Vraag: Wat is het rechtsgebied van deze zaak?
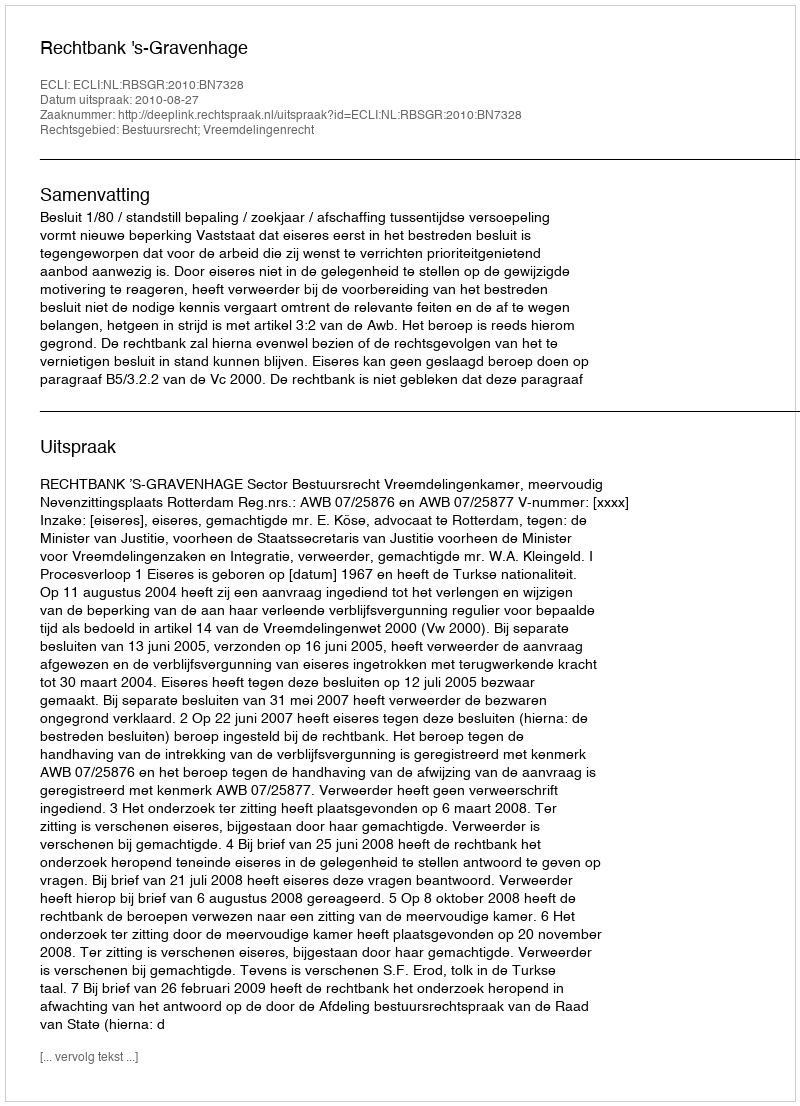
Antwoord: Bestuursrecht; Vreemdelingenrecht